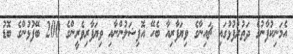
އެމަނިކުފާނުގެ ދަތުރުފުޅުގައި ޗައިނާގެ ވިޔަފާރިއާ ބެހޭ އޮފިޝަލުންނާއި ވިޔަފާރިވެރީންގެ 200 ބޭފުޅުންގެ ބޮޑު